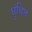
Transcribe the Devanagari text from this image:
धुंधित